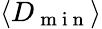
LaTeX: \langle D_{\mathrm{~m~i~n~}}\rangle